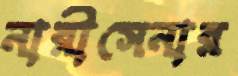
নারীসেনার